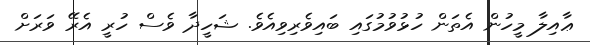
ޢާއިލާ މީހުން އެތަން ހުޅުވުމުގައި ބައިވެރިވިއެވެ. ޝަހީދާ ވެސް ހުރީ އެރޭ ވަރަށް